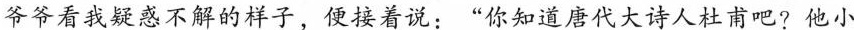
爷爷看我疑惑不解的样子，便接着说：”你知道唐代大诗人杜甫吧?他小